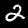
Digit: 2